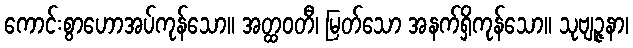
ကောင်းစွာဟောအပ်ကုန်သော။ အတ္ထဝတီ၊ မြတ်သော အနက်ရှိကုန်သော။ သုဗျဉ္ဇနာ၊